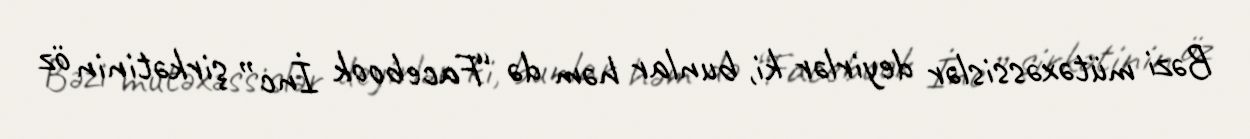
Bəzi mütəxəssislər deyirlər ki, bunlar həm də “Facebook İnc” şirkətinin öz